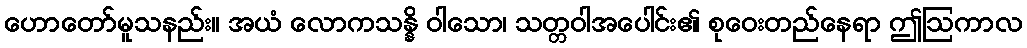
ဟောတော်မူသနည်း။ အယံ လောကသန္နိ ဝါသော၊ သတ္တဝါအပေါင်း၏ စုဝေးတည်နေရာ ဤဩကာလ